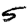
Digit: 5